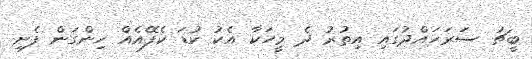
ބީޗު ސަރަހައްދުގައި އިތުރު ދެ މީހަކާ އެކު ކުޑަ ކެފޭއެއް ހިންގަން ފެށި